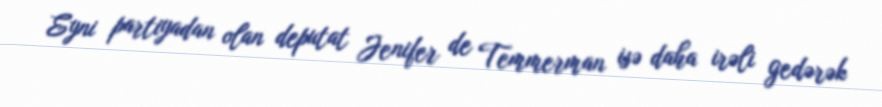
Eyni partiyadan olan deputat Jenifer de Temmerman isə daha irəli gedərək